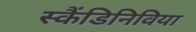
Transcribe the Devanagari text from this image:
स्कैंडिनिविया